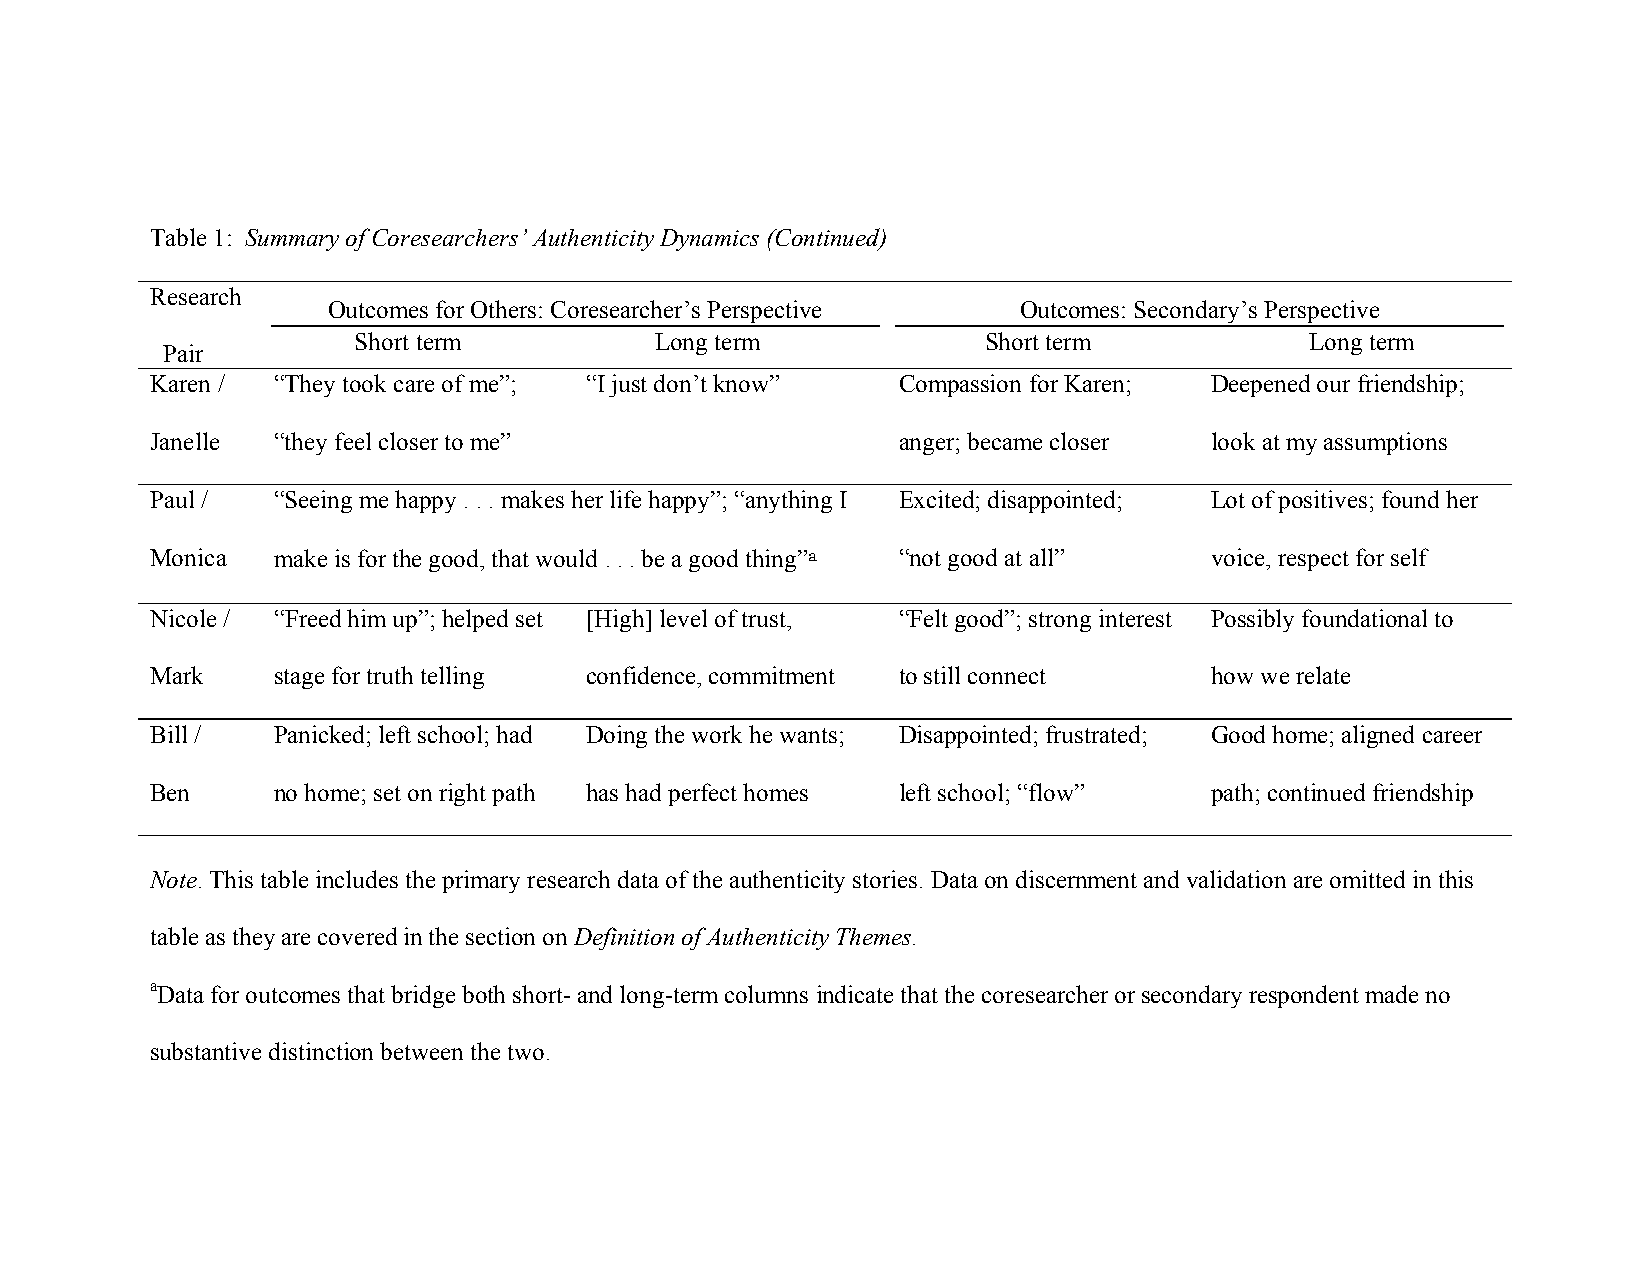
Table 1: Summary of Coresearchers’ Authenticity Dynamics (Continued)
 Research
 Outcomes for Others: Coresearcher’s Perspective Outcomes: Secondary’s Perspective
 Short term         Long term             Short term            Long term
 Pair
 Karen / “They took care of me”; “I just don’t know” Compassion for Karen; Deepened our friendship;
 Janelle “they feel closer to me”                 anger; became closer look at my assumptions
 Paul /  “Seeing me happy . . . makes her life happy”; “anything I Excited; disappointed; Lot of positives; found her
 Monica  make is for the good, that would . . . be a good thing”a “not good at all” voice, respect for self
 Nicole / “Freed him up”; helped set [High] level of trust, “Felt good”; strong interest Possibly foundational to
 Mark    stage for truth telling confidence, commitment to still connect how we relate
 Bill /  Panicked; left school; had Doing the work he wants; Disappointed; frustrated; Good home; aligned career
 Ben     no home; set on right path has had perfect homes left school; “flow” path; continued friendship
 Note. This table includes the primary research data of the authenticity stories. Data on discernment and validation are omitted in this
 table as they are covered in the section on Definition of Authenticity Themes.
 aData for outcomes that bridge both short- and long-term columns indicate that the coresearcher or secondary respondent made no
 substantive distinction between the two.